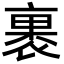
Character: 裹